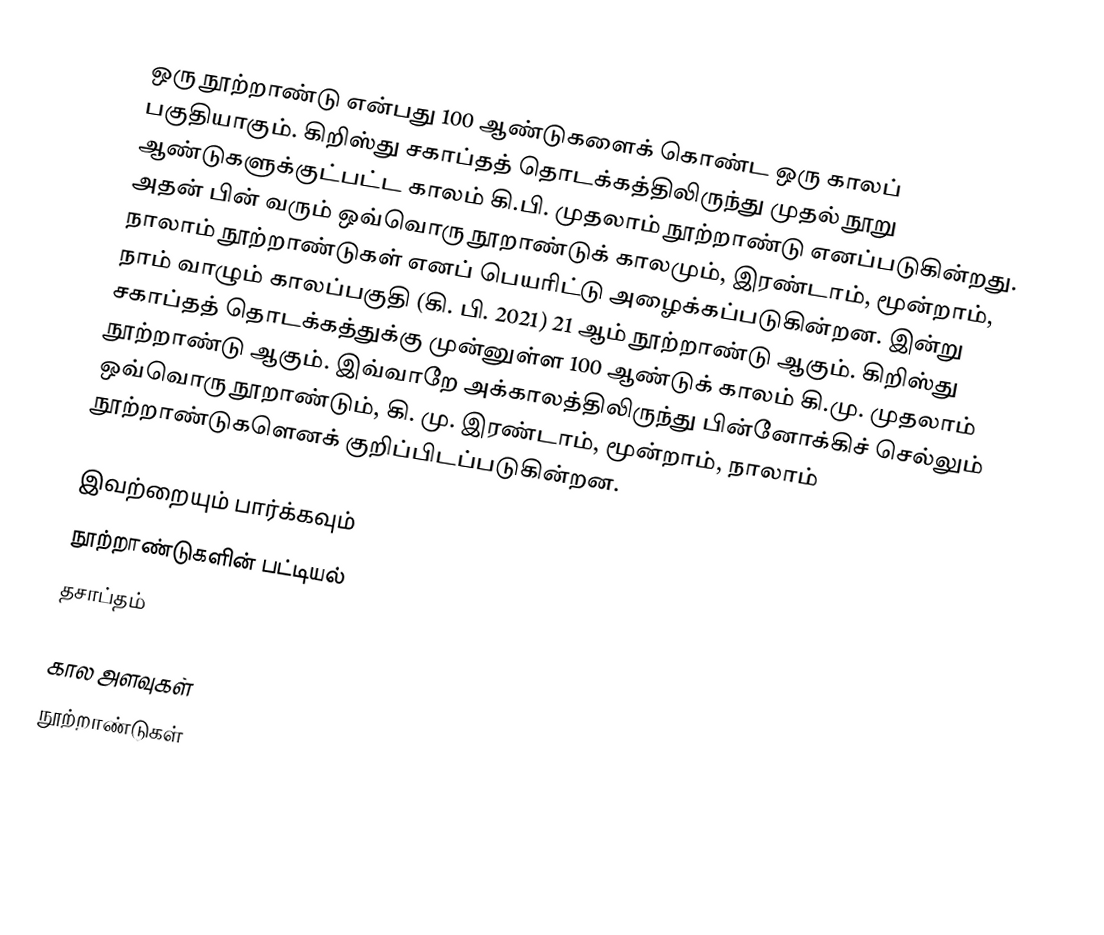
ஒரு நூற்றாண்டு என்பது 100 ஆண்டுகளைக் கொண்ட ஒரு காலப் பகுதியாகும். கிறிஸ்து சகாப்தத் தொடக்கத்திலிருந்து முதல் நூறு ஆண்டுகளுக்குட்பட்ட காலம் கி.பி. முதலாம் நூற்றாண்டு எனப்படுகின்றது. அதன் பின் வரும் ஒவ்வொரு நூறாண்டுக் காலமும், இரண்டாம், மூன்றாம், நாலாம் நூற்றாண்டுகள் எனப் பெயரிட்டு அழைக்கப்படுகின்றன. இன்று நாம் வாழும் காலப்பகுதி (கி. பி. 2021) 21 ஆம் நூற்றாண்டு ஆகும். கிறிஸ்து சகாப்தத் தொடக்கத்துக்கு முன்னுள்ள 100 ஆண்டுக் காலம் கி.மு. முதலாம் நூற்றாண்டு ஆகும். இவ்வாறே அக்காலத்திலிருந்து பின்னோக்கிச் செல்லும் ஒவ்வொரு நூறாண்டும், கி. மு. இரண்டாம், மூன்றாம், நாலாம் நூற்றாண்டுகளெனக் குறிப்பிடப்படுகின்றன.

இவற்றையும் பார்க்கவும்
 நூற்றாண்டுகளின் பட்டியல்
 தசாப்தம்

கால அளவுகள்
நூற்றாண்டுகள்